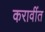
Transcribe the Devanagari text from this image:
करावींत